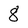
Character: 8